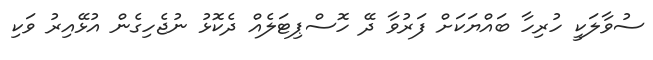
ސުވާލަކީ ހުރިހާ ބައްޔަކަށް ފަރުވާ ދޭ ހޮސްޕިޓަލެއް ދެކޮޅު ނުޖެހިގެން އުޅޭއިރު ވަކި